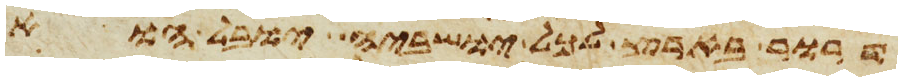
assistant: דרור בארץ לכל ישביה יובל הוא